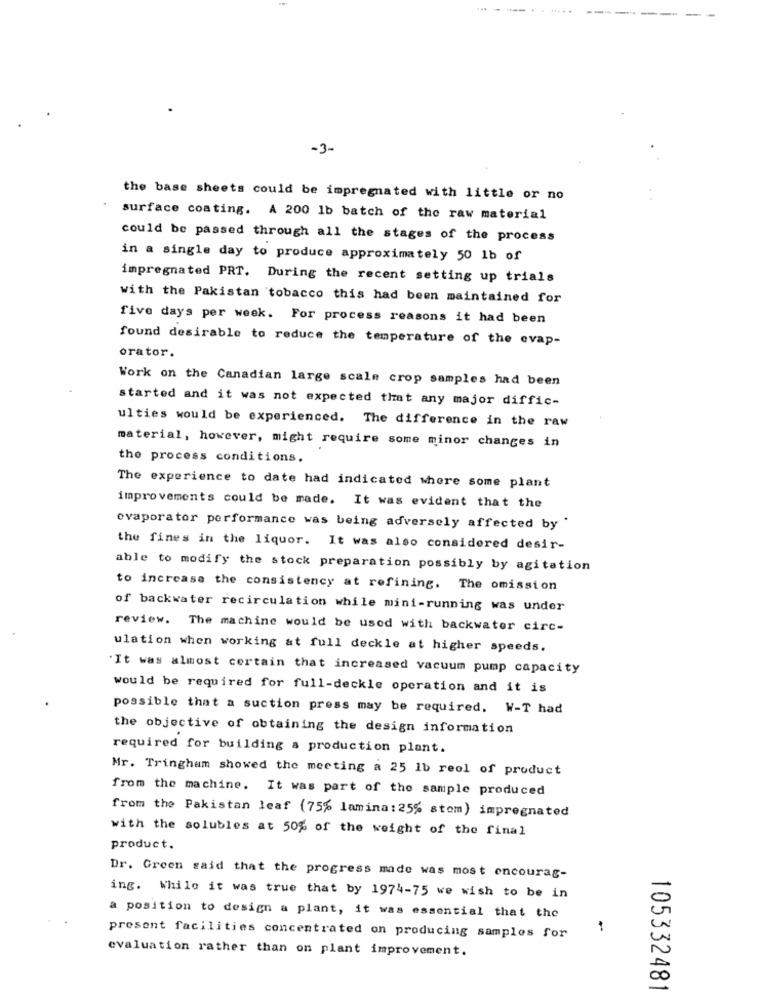
-----
-3-
the base sheets could be impregnated with little or no
surface coating. A 200 1b batch of the raw material
could be passed through all the stages of the process
in a single day to produce approximately 50 1b of
impregnated PRT. During the recent setting up trials
with the Pakistan tobacco this had been maintained for
five days per week. For process reasons it had been
found desirable to reduce the temperature of the evap-
orator.
Work on the Canadian large scale crop samples had been
started and it was not expected that any major diffic-
ulties would be experienced. The difference in the raw
material, however, might require some minor changes in
the process conditions.
The experience to date had indicated whore some plant
improvements could be made. It was evident that the
evaporator performance was being adversely affected by "
the fines in the liquor. It was also considered desir-
able to modify the stock preparation possibly by agitation
to increase the consistency at refining. The omission
of backwater recirculation while mini-running was under
review. The machine would be used with backwater circ-
ulation when working at full deckle at higher speeds.
It was almost certain that increased vacuum pump capacity
would be required for full-deckle operation and it is
possible that a suction press may be required. W-T had
the objective of obtaining the design information
required for building a production plant.
Mr. Tringham showed the meeting a 25 1b reol of product
from the machine. It was part of the sample produced
from the Pakistan leaf (75% lamina: 25% stom) impregnated
with the solubles at 50% of the weight of the final
product.
Dr. Green said that the progress made was most encourag-
ing. While it was true that by 1974-75 we wish to be in
0
a position to design a plant, it was essential that the
present facilities concentrated on producing samples for
evaluation rather than on plant improvement.
00
105332481